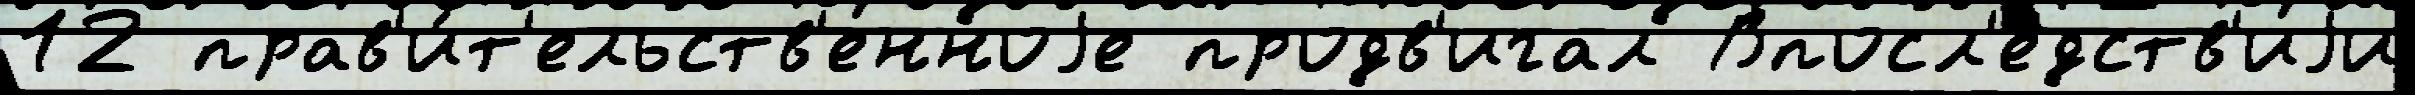
12 прав'и́т'ельств'енноjе продв'игал Впосл'е́дств'иjи